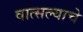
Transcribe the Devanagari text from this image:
वात्सल्याचे